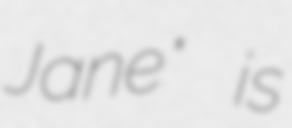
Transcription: Jane" is